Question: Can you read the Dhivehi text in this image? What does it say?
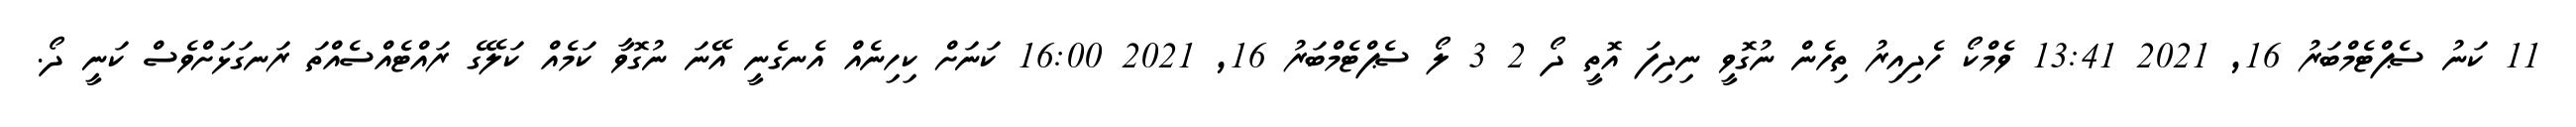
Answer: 11 ކަނު ސެޕްޓެމްބަރު 16, 2021 13:41 ވެމްކޯ ހެދިއިރު ތިހެން ނުގޮވީ ނިދިފަ އޮތީ ދޯ 2 3 ލޯ ސެޕްޓެމްބަރު 16, 2021 16:00 ކަނަށް ކިހިނެއް އެނގެނީ އޭނަ ނުގޮވާ ކަމެއް ކަލޭގެ ރައްޓެއްސެއްތަ ރަނގަޅަށްވެސް ކަނީ ދޯ.